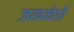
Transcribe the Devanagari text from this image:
जखमेशी